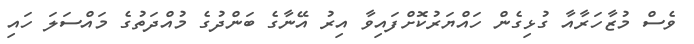
ވެސް މުޒާހަރާއާ ގުޅިގެން ހައްޔަރުކޮށްފައިވާ އިރު އޭނާގެ ބަންދުގެ މުއްދަތުގެ މައްސަލަ ހައި